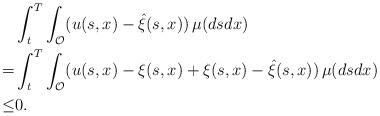
LaTeX: \begin{align*}&\int_t^T\int_{\mathcal{O}}(u(s,x)-\hat{\xi}(s,x))\,\mu(dsdx)\\=& \int_t^T\int_{\mathcal{O}}(u(s,x)-\xi(s,x)+\xi(s,x)-\hat{\xi}(s,x))\,\mu(dsdx)\\\leq& 0.\end{align*}